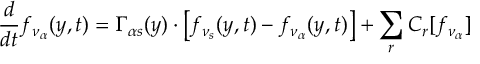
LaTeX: \frac { d } { d t } f _ { \nu _ { \alpha } } ( y , t ) = \Gamma _ { \alpha s } ( y ) \cdot \left[ f _ { \nu _ { s } } ( y , t ) - f _ { \nu _ { \alpha } } ( y , t ) \right] + \sum _ { r } C _ { r } [ f _ { \nu _ { \alpha } } ]